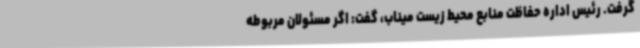
گرفت. رئیس اداره حفاظت منابع محیط زیست میناب، گفت: اگر مسئولان مربوطه